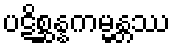
ပဋိစ္ဆန္နကမ္မန္တဿ